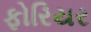
ફોરિયર